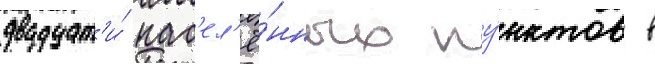
двадцат'и́ нас'ел'ё́нных пу́нктов в